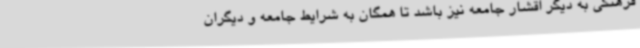
فرهنگی به دیگر اقشار جامعه نیز باشد تا همگان به شرایط جامعه و دیگران